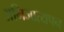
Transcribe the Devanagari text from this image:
अभिजात्यपन